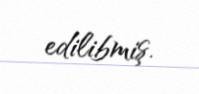
edilibmiş.